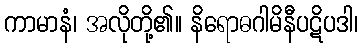
ကာမာနံ၊ အလိုတို့၏။ နိရောဓဂါမိနီပဋိပဒါ၊